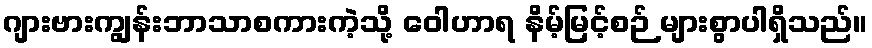
ဂျားဗားကျွန်းဘာသာစကားကဲ့သို့ ဝေါဟာရ နိမ့်မြင့်စဉ် များစွာပါရှိသည်။